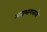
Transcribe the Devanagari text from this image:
अग्रभागवाले